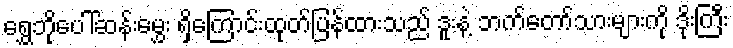
ရွှေဘိုပေါ်ဆန်းမွှေး ရှိကြောင်းထုတ်ပြန်ထားသည် ဒူးနဲ့ ဘက်တော်သားများကို ဒိုးကြီး